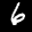
Label: 6